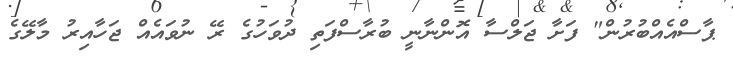
ޕާސްއެއްބުރުން" ފަށާ ޖަލްސާ އޮންނާނީ ބުރާސްފަތި ދުވަހުގެ ރޭ ނުވައެއް ޖަހާއިރު މާލޭގެ